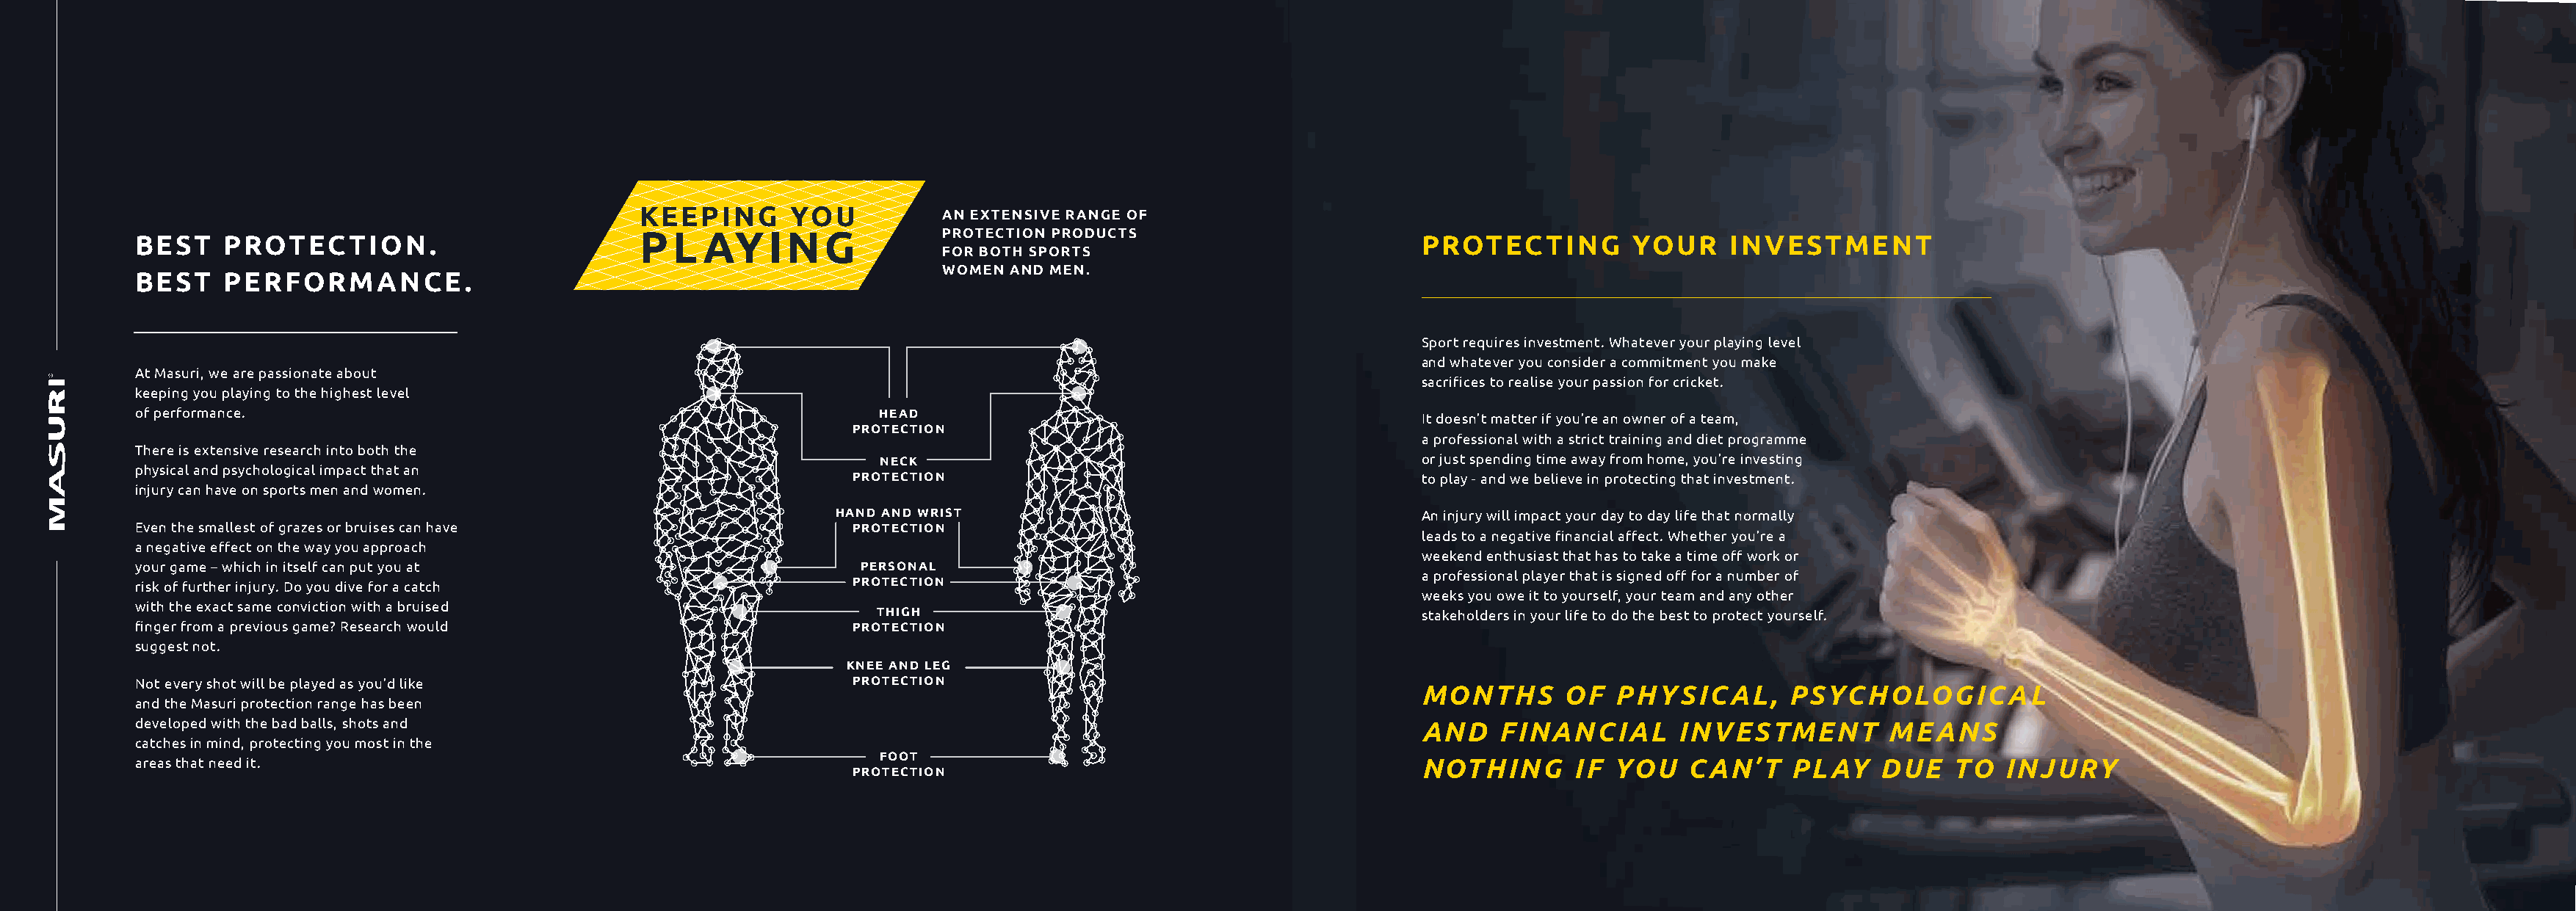
KEEPING      YOU
 AN EXTENSIVE RANGE OF
 BEST    PROTECTION.                           PL   AYING                 PROTECTION PRODUCTS                        PROTECTING         YOUR     INVESTMENT
 FOR BOTH SPORTS
 WOMEN AND MEN.
 BEST    PERFORMANCE.
 Sport requires investment. Whatever your playing level
 and whatever you consider a commitment you make
 At Masuri, we are passionate about
 sacrifices to realise your passion for cricket.
 keeping you playing to the highest level
 of performance.                                                    HEAD
 It doesn’t matter if you’re an owner of a team,
 PROTECTION
 a professional with a strict training and diet programme
 There is extensive research into both the
 NECK                                             or just spending time away from home, you’re investing
 physical and psychological impact that an
 PROTECTION                                         to play - and we believe in protecting that investment.
 injury can have on sports men and women.
 HAND AND WRIST                                       An injury will impact your day to day life that normally
 Even the smallest of grazes or bruises can have                  PROTECTION
 leads to a negative financial affect. Whether you’re a
 a negative effect on the way you approach
 weekend enthusiast that has to take a time off work or
 your game – which in itself can put you at                        PERSONAL
 a professional player that is signed off for a number of
 risk of further injury. Do you dive for a catch                  PROTECTION
 weeks you owe it to yourself, your team and any other
 with the exact same conviction with a bruised
 THIGH                                            stakeholders in your life to do the best to protect yourself.
 finger from a previous game? Research would                      PROTECTION
 suggest not.
 KNEE AND LEG
 Not every shot will be played as you’d like                      PROTECTION
 MONTHS       OF   PHYSICAL,      PSYCHOLOGICAL
 and the Masuri protection range has been
 developed with the bad balls, shots and                                                                             AND    FINANCIAL       INVESTMENT         MEANS
 catches in mind, protecting you most in the
 FOOT
 areas that need it.                                                                                                 NOTHING       IF YOU    CAN’T     PLAY    DUE   TO   INJURY
 PROTECTION